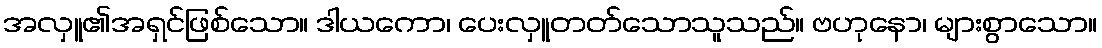
အလှူ၏အရှင်ဖြစ်သော။ ဒါယကော၊ ပေးလှူတတ်သောသူသည်။ ဗဟုနော၊ များစွာသော။